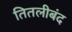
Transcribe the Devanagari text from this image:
तितलीबंद